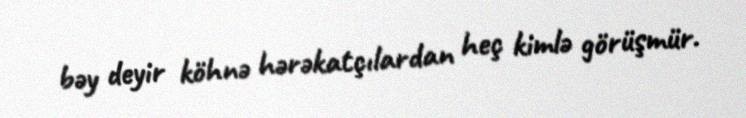
bəy deyir köhnə hərəkatçılardan heç kimlə görüşmür.